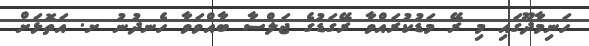
ހަނިމާދޫގައި މި ރޭ މަޑުކުރައްވާ ރޭގަޑުގެ ޖަލްސާ ބާއްވަވާ ހެނދުނު ށ. އަތޮޅަށް